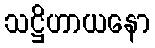
သဋ္ဌိဟာယနော